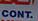
cont.